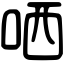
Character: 哂